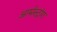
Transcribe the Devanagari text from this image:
आर्मस्‍ट्रांग